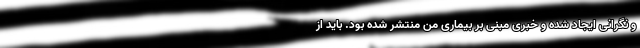
و نگرانی ایجاد شده و خبری مبنی بر بیماری من منتشر شده بود. باید از